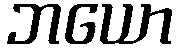
ဘယော